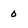
Character: o